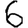
Digit: 6